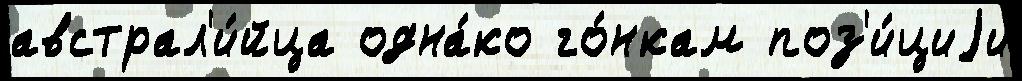
австрал'и́йца одна́ко го́нкам поз'и́циjи